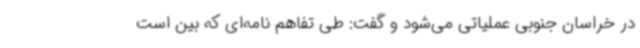
در خراسان جنوبی عملیاتی می‌شود و گفت: طی تفاهم نامه‌ای که بین است